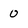
Character: 0